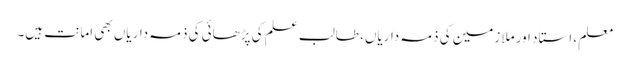
معلم، استاد اور ملازمین کی ذمہ داریاں، طالب علم کی پڑھائی کی ذمہ داریاں بھی امانت ہیں۔